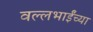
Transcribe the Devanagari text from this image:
वल्लभाईंच्या